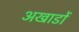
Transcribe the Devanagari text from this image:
अखाडों